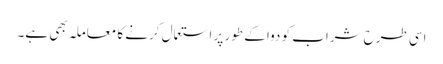
اسی طرح شراب کو دوا کے طور پر استعمال کرنے کا معاملہ بھی ہے۔